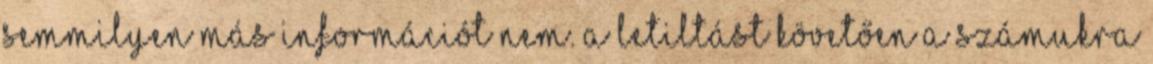
semmilyen más információt nem. A letiltást követően a számukra